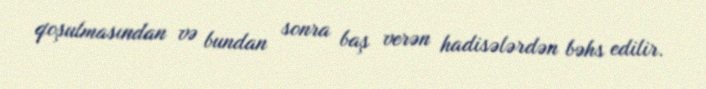
qoşulmasından və bundan sonra baş verən hadisələrdən bəhs edilir.